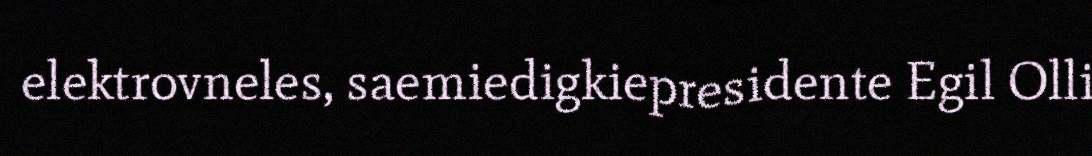
elektrovneles, saemiedigkiepresidente Egil Olli